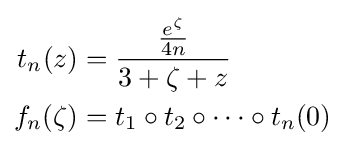
{\begin{aligned}t_{n}(z)&={\cfrac {\tfrac {e^{\zeta }}{4n}}{3+\zeta +z}}\\f_{n}(\zeta )&=t_{1}\circ t_{2}\circ \cdots \circ t_{n}(0)\end{aligned}}